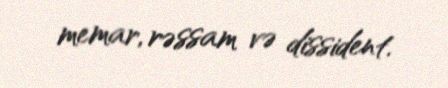
memar, rəssam və dissident.